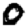
Digit: 0